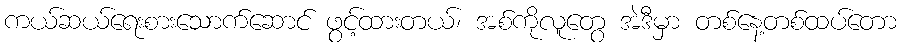
ကယ်ဆယ်ရေးစားသောက်ဆောင် ဖွင့်ထားတယ်၊ အစ်ကိုလူတွေ အဲဒီမှာ တစ်နေ့တစ်ထပ်တော